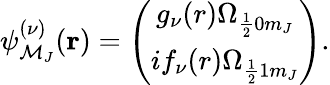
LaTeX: \psi_{\mathcal{M}_{J}}^{(\nu)}(\mathbf{{r}})=\left(\begin{array}{c}{g_{\nu}(r)\Omega_{\frac{1}{2}0m_{J}}}\\ {if_{\nu}(r)\Omega_{\frac{1}{2}1m_{J}}}\end{array}\right).